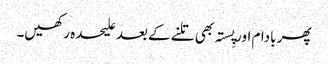
پھر بادام اور پِستہ بھی تلنے کے بعد علیحدہ رکھیں۔